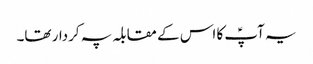
یہ آپؑ کا اس کے مقابلہ پہ کردار تھا۔